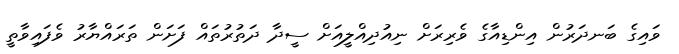
ވައިގެ ބަނދަރުން އިންޑިއާގެ ވެރިރަށް ނިއުދިއްލީއަށް ސީދާ ދަތުރުތައް ފަށަން ތަރައްޔާރު ވެފައިވާތީ